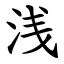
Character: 浅